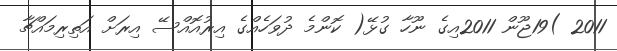
2011 )19ޖޫން 2011އިގެ ނޫހާ ގުޅޭ( ކޮންމެ ދުވަހެއްގެ އިރުއޮއްސޭ އިރަށް އަތިރިމައްޗާ